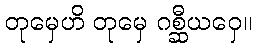
တုမှေဟိ တုမှေ ဂစ္ဆီယဝှေ။